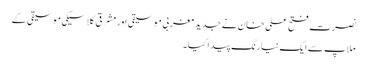
نصرت فتح علی خان نے جدید مغربی موسیقی اور مشرقی کلاسیکی موسیقی کے
ملاپ سے ایک نیا رنگ پیدا کیا۔